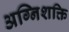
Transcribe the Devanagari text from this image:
अग्निशक्ति